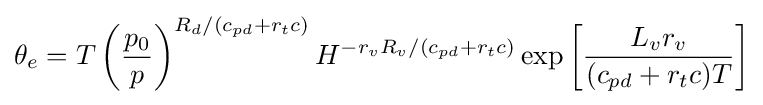
\theta _{e}=T\left({\frac {p_{0}}{p}}\right)^{R_{d}/(c_{pd}+r_{t}c)}H^{-r_{v}R_{v}/(c_{pd}+r_{t}c)}\exp \left[{\frac {L_{v}r_{v}}{(c_{pd}+r_{t}c)T}}\right]